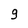
Character: g